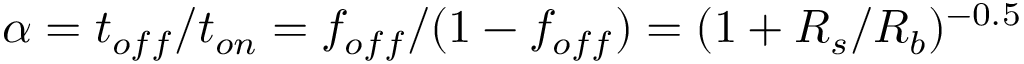
\alpha = t _ { o f f } / t _ { o n } = f _ { o f f } / ( 1 - f _ { o f f } ) = ( 1 + R _ { s } / R _ { b } ) ^ { - 0 . 5 }